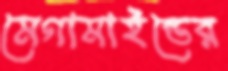
মেগামাইন্ডের